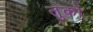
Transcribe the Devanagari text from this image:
तुको